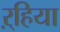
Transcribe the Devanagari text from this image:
ऱ्हिया